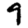
Digit: 9